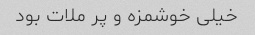
خیلى خوشمزه و پر ملات بود